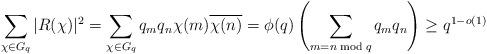
LaTeX: \begin{align*} \sum_{\chi \in G_q} \vert R(\chi)\vert^2 =\sum_{\chi\in G_q} q_m q_n \chi(m)\overline{\chi(n)}=\phi(q) \left(\sum_{m=n \bmod q} q_m q_n\right) \geq q^{1-o(1)}\end{align*}